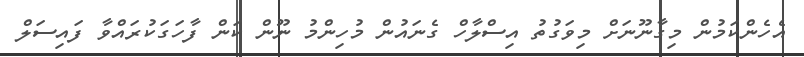
އެހެންކަމުން މިގާނޫނަށް މިވަގުތު އިސްލާހް ގެނައުން މުހިންމު ނޫން ކަން ފާހަގަކުރައްވާ ފައިސަލް